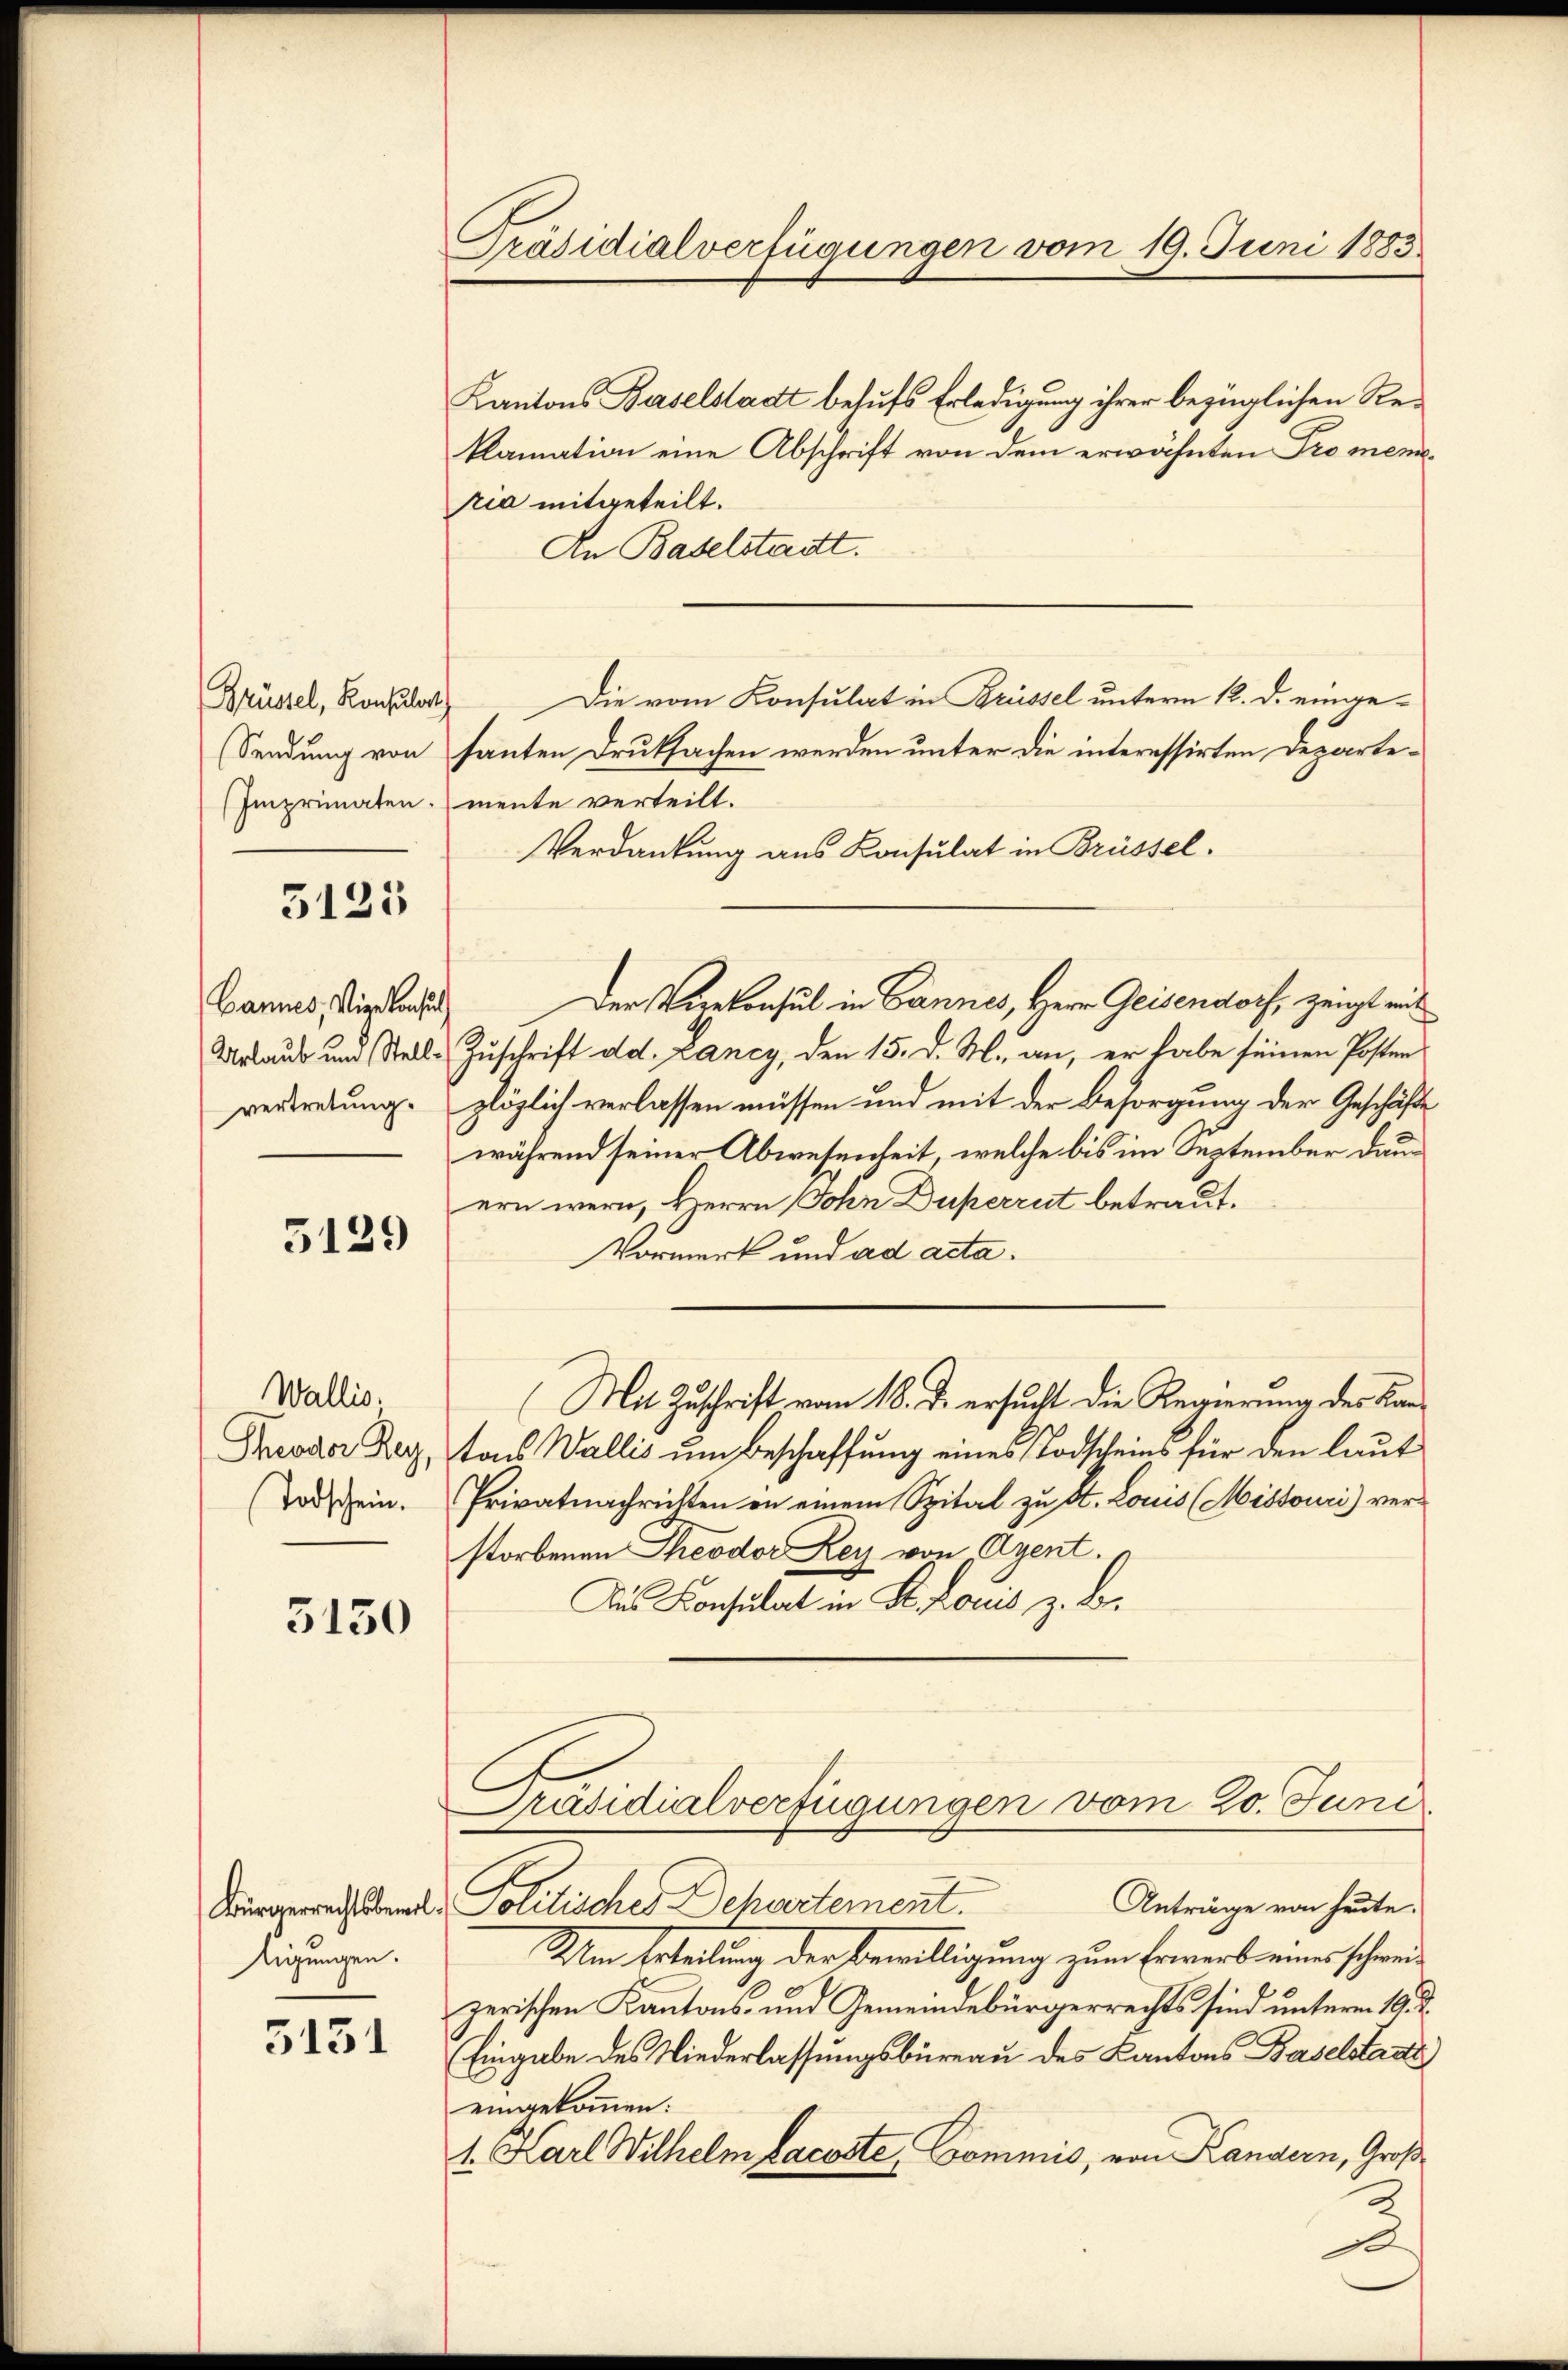
Brüssel, Konsulat

5125

Bannes, Vizekonsul
vertretung.

5129

Wallis.
Theodor Rey,
Todschein.

5150

tigungen.

5131

Präsidialverfügungen vom 19. Juni 1883

Kantons Baselstadt behufs Erledigung ihrer bezüglichen Reklamation eine Abschrift von dem erwähnten Promemo
pia mitgeteilt.
An Baselstadt.
Die vom Konsulat in Brüssel unterm 12. d. einge¬
Sendung von santen Druksachen werden unter die interessirten Departe¬
Imprimaten. mente verteilt.
Verdankung aus Konsulat in Brüssel
Urlaus und Stell-Zuschrift ad. Lancy, den 15. d. M. an, er habe seinen Posten
zlöglich verlassen müssen und mit der Besorgung der Geschäfte
während seiner Abwesenheit, welche bis im September dauern wern, Herrn Sonn Duperrut betraut.
Vormerk und ad acta.
(Mit Zuschrift vom 18. J. ersucht die Regierung des Kantons Wallis um Beschaffung eines Todscheins für den laut
Privatnachrichten in einem Spital zu St. Louis (Missouri) ver-
storbenen Theodor Rey von Agent.
Aus Konsulat in St. Louis z. B.
Präsidialverfügungen vom 20. Juni
Anträge von heute.
Bürgerrechtstand Politischer Schwertement.
Um Erteilung der Bewilligung zum Erwerb einer schweizerischen Kantons- und Gemeindebürgerrechts sind unterm 19. d.
Eingabe des Niederlassungsbüreau des Kantons Baselstadt
eingekommen:
1. Karl Wilhelm Bacoste, Commis, von Kandern, Groß

Der Verekonsul in Cannes, Herr Geisendorf, zeigt mit